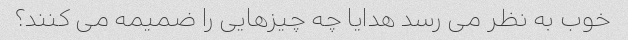
خوب به نظر می رسد هدایا چه چیزهایی را ضمیمه می کنند؟